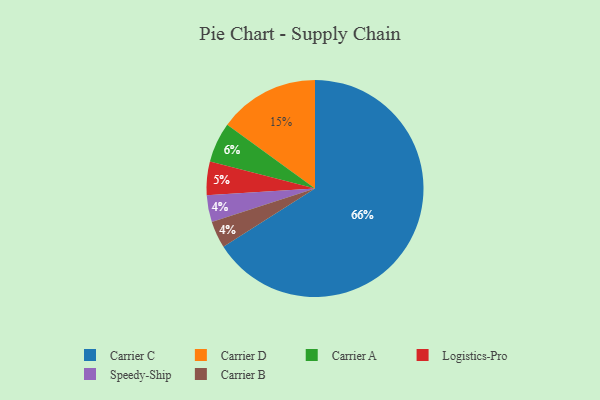
{"axis": {"x": "Category", "y": "Percentage"}, "legend": ["Carrier A", "Carrier B", "Carrier C", "Carrier D", "Logistics-Pro", "Speedy-Ship"], "data": [{"x": "Carrier D", "y": 15, "type": "Carrier D"}, {"x": "Speedy-Ship", "y": 4, "type": "Speedy-Ship"}, {"x": "Carrier B", "y": 4, "type": "Carrier B"}, {"x": "Logistics-Pro", "y": 5, "type": "Logistics-Pro"}, {"x": "Carrier C", "y": 66, "type": "Carrier C"}, {"x": "Carrier A", "y": 6, "type": "Carrier A"}]}